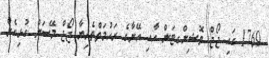
1769 ގައި ޖޯޖް ވޮޝިންގޓަން އާއި އޭނާގެ ރަހުމަތްތެރިޔާ ޖޯޖް މޭސަން ގުޅިގެން